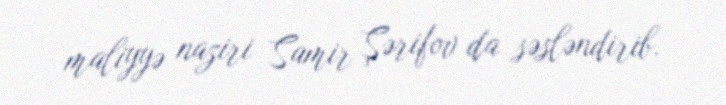
maliyyə naziri Samir Şərifov da səsləndirib.